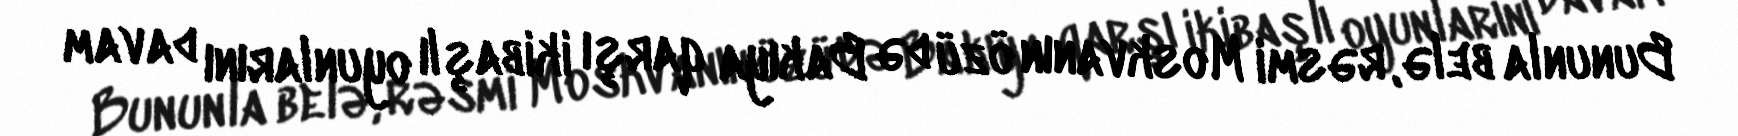
Bununla belə, rəsmi Moskvanın özü də Bakıya qarşı ikibaşlı oyunlarını davam